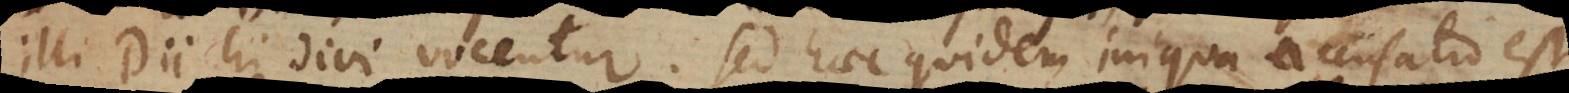
illi Dii, hi Divi vocentur. Sed haec quidem iniqua accusatio est